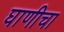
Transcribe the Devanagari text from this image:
घाणीचा